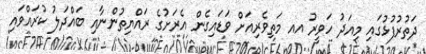
ދަތުރުފުޅުގައި މިއަދު ހަވީރު އއ މަތިވެރިއަށް ވަޑައިގެން އެރަށުގެ ރައްޔިތުންނާއި ބައްދަލު ކުރައްވައި